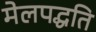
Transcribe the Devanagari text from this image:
मेलपद्धति